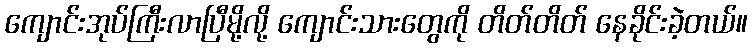
ကျောင်းအုပ်ကြီးလာပြီမို့လို့ ကျောင်းသားတွေကို တိတ်တိတ် နေခိုင်းခဲ့တယ်။